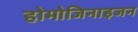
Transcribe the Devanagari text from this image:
होमोजिनाइजन